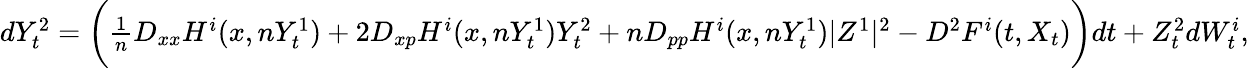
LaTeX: \begin{array}{r}{dY_{t}^{2}=\bigg(\frac{1}{n}D_{xx}H^{i}(x,nY_{t}^{1})+2D_{xp}H^{i}(x,nY_{t}^{1})Y_{t}^{2}+nD_{pp}H^{i}(x,nY_{t}^{1})|Z^{1}|^{2}-D^{2}F^{i}(t,X_{t})\bigg)dt+Z_{t}^{2}dW_{t}^{i},}\end{array}